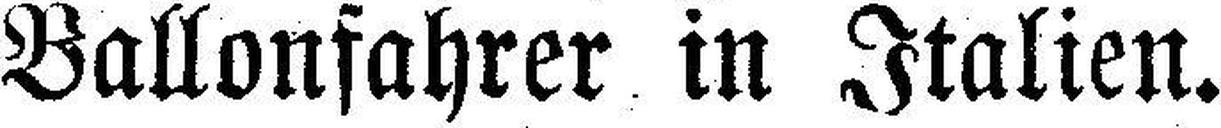
Ballonfahrer in Italien.